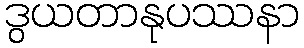
ဒွယတာနုပဿနာ